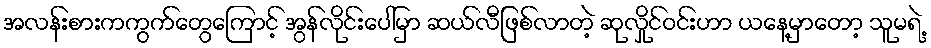
အလန်းစားကကွက်တွေကြောင့် အွန်လိုင်းပေါ်မှာ ဆယ်လီဖြစ်လာတဲ့ ဆုလှိုင်ဝင်းဟာ ယနေ့မှာတော့ သူမရဲ့